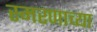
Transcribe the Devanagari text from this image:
स्मरणाच्या